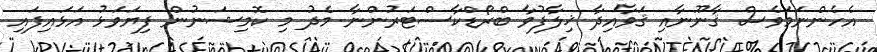
އެހެންނަމަވެސް ޤާނޫނާއި ޤަވާއިދާ ޚިލާފުވާ ބްރޯޑްކާސްޓަރުންނާ މެދު މި ކޮމިޝަނުން ފިޔަވަޅު އަޅައިފައި